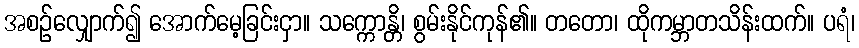
အစဉ်လျှောက်၍ အောက်မေ့ခြင်းငှာ။ သက္ကောန္တိ၊ စွမ်းနိုင်ကုန်၏။ တတော၊ ထိုကမ္ဘာတသိန်းထက်။ ပရံ၊